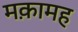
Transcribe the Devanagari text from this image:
मक़ामह